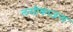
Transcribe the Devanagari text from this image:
लसीकाजन्य